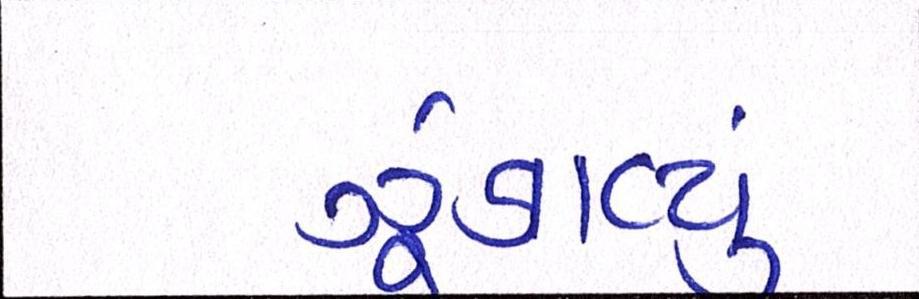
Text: ઝૂંકાવ્યું